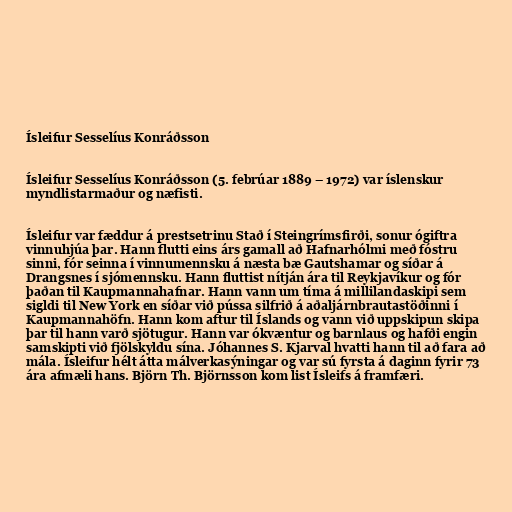
Ísleifur Sesselíus Konráðsson

Ísleifur Sesselíus Konráðsson (5. febrúar 1889 – 1972) var íslenskur
myndlistarmaður og næfisti.

Ísleifur var fæddur á prestsetrinu Stað í Steingrímsfirði, sonur ógiftra
vinnuhjúa þar. Hann flutti eins árs gamall að Hafnarhólmi með fóstru
sinni, fór seinna í vinnumennsku á næsta bæ Gautshamar og síðar á
Drangsnes í sjómennsku. Hann fluttist nítján ára til Reykjavíkur og fór
þaðan til Kaupmannahafnar. Hann vann um tíma á millilandaskipi sem
sigldi til New York en síðar við pússa silfrið á aðaljárnbrautastöðinni í
Kaupmannahöfn. Hann kom aftur til Íslands og vann við uppskipun skipa
þar til hann varð sjötugur. Hann var ókvæntur og barnlaus og hafði engin
samskipti við fjölskyldu sína. Jóhannes S. Kjarval hvatti hann til að fara að
mála. Ísleifur hélt átta málverkasýningar og var sú fyrsta á daginn fyrir 73
ára afmæli hans. Björn Th. Björnsson kom list Ísleifs á framfæri.